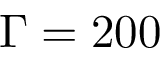
\Gamma = 2 0 0